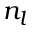
n _ { l }